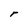
Character: r